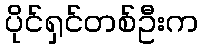
ပိုင်ရှင်တစ်ဦးက